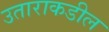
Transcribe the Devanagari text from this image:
उताराकडील